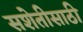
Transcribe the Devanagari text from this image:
सशेतीसाठी